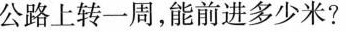
公路上转一周，能前进多少米?